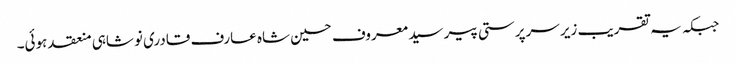
جبکہ یہ تقریب زیر سرپرستی پیر سید معروف حسین شاہ عارف قادری نوشاہی منعقد ہوئی۔